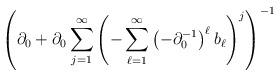
LaTeX: \begin{align*}\left(\partial_{0}+\partial_{0}\sum_{j=1}^{\infty}\left(-\sum_{\ell=1}^{\infty}\left(-\partial_{0}^{-1}\right)^{\ell}b_{\ell}\right)^{j}\right)^{-1}\end{align*}